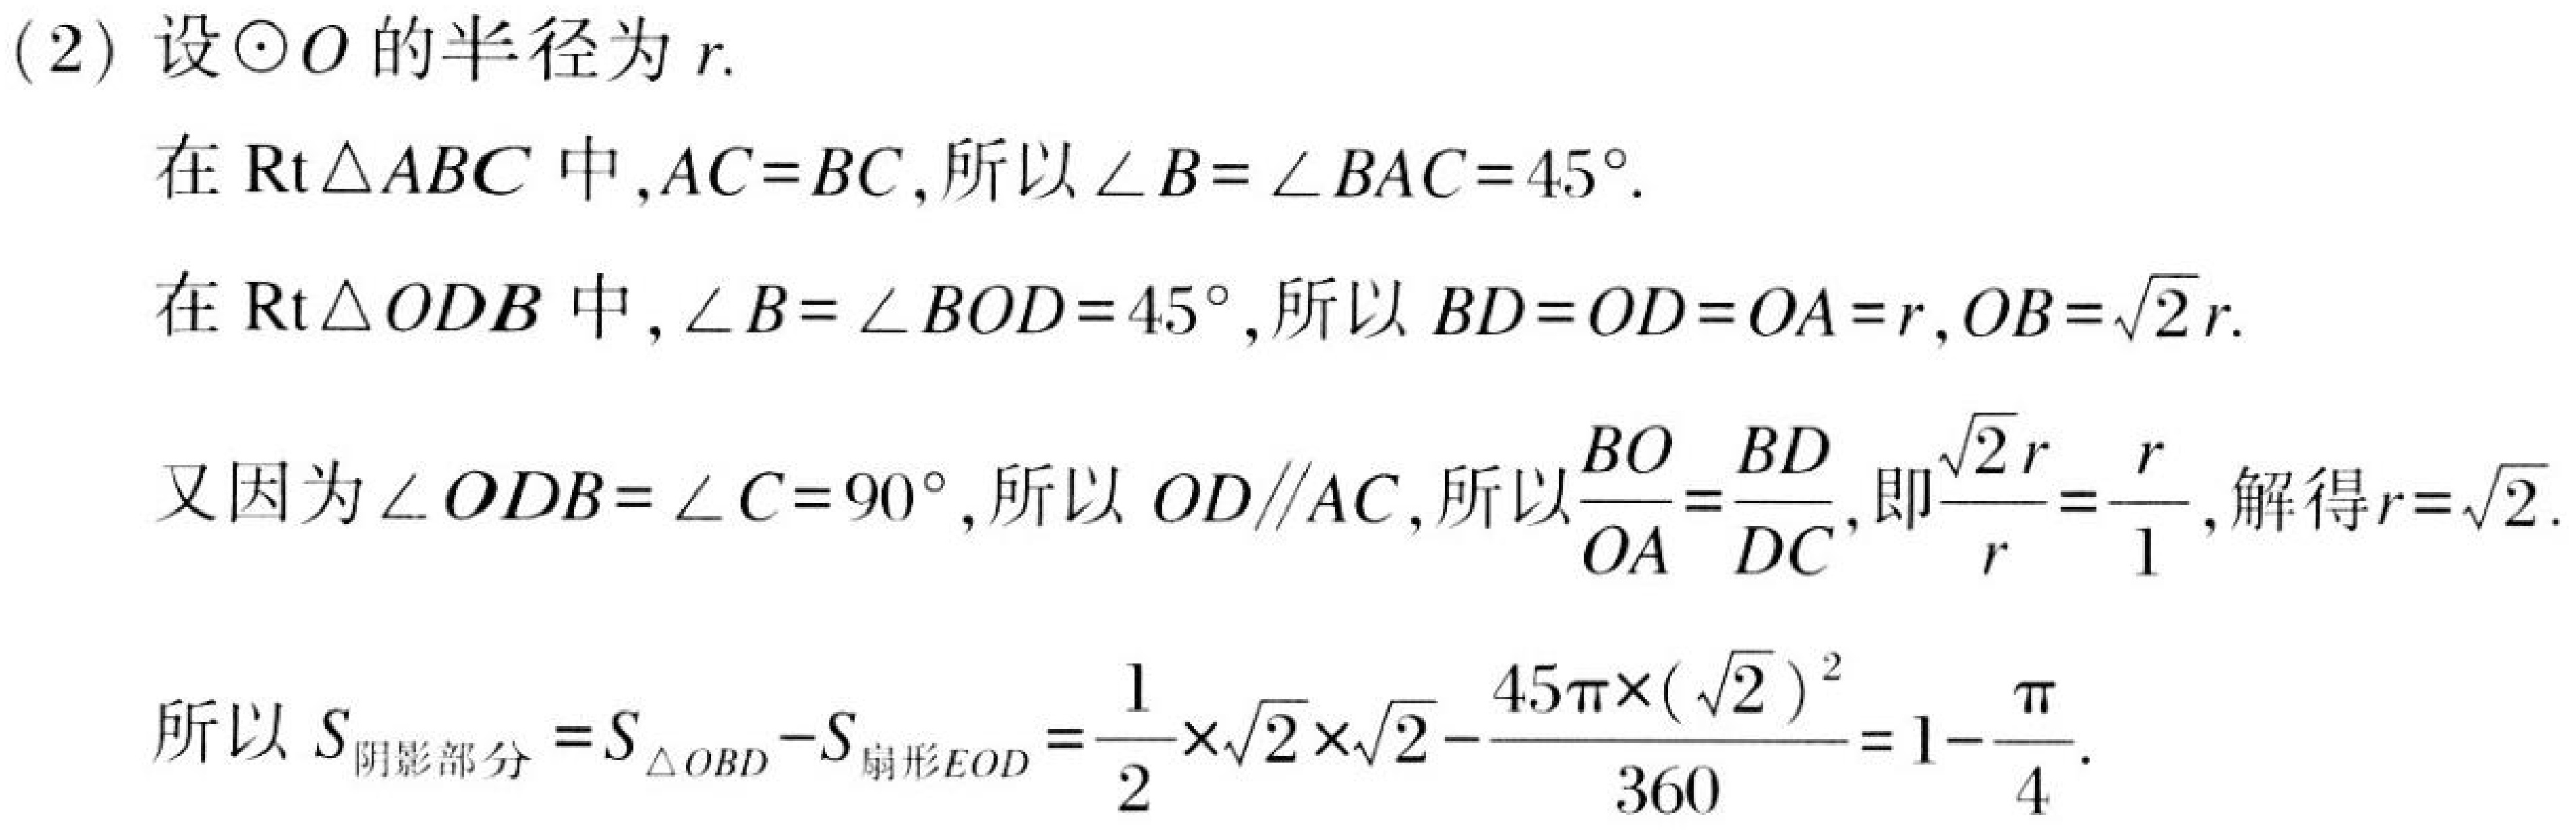
(2) 设\(\odot O\)的半径为\(r\).
在\(\text{Rt}\triangle ABC\)中，\(AC = BC\)，所以\(\angle B=\angle BAC = 45^{\circ}\).
在\(\text{Rt}\triangle ODB\)中，\(\angle B=\angle BOD = 45^{\circ}\)，所以\(BD = OD=OA = r\)，\(OB=\sqrt{2}r\).
又因为\(\angle ODB=\angle C = 90^{\circ}\)，所以\(OD\parallel AC\)，所以\(\frac{BO}{OA}=\frac{BD}{DC}\)，即\(\frac{\sqrt{2}r}{r}=\frac{r}{1}\)，解得\(r = \sqrt{2}\).
所以\(S_{阴影部分}=S_{\triangle OBD}-S_{扇形EOD}=\frac{1}{2}\times\sqrt{2}\times\sqrt{2}-\frac{45\pi\times(\sqrt{2})^{2}}{360}=1-\frac{\pi}{4}\).